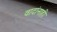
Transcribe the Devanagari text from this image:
वादांनाही